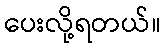
ပေးလို့ရတယ်။